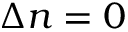
\Delta n = 0